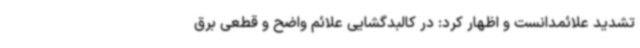
تشدید علائمدانست و اظهار کرد: در کالبدگشایی علائم واضح و قطعی برق